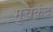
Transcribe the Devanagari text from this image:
मुचकंद